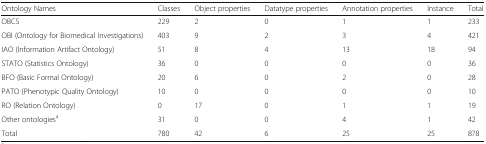
<table><thead><tr><td><b>Ontology Names</b></td><td><b>Classes</b></td><td><b>Object properties</b></td><td><b>Datatype properties</b></td><td><b>Annotation properties</b></td><td><b>Instance</b></td><td><b>Total</b></td></tr></thead><tbody><tr><td>OBCS</td><td>229</td><td>2</td><td>0</td><td>1</td><td>1</td><td>233</td></tr><tr><td>OBI (Ontology for Biomedical Investigations)</td><td>403</td><td>9</td><td>2</td><td>3</td><td>4</td><td>421</td></tr><tr><td>IAO (Information Artifact Ontology)</td><td>51</td><td>8</td><td>4</td><td>13</td><td>18</td><td>94</td></tr><tr><td>STATO (Statistics Ontology)</td><td>36</td><td>0</td><td>0</td><td>0</td><td>0</td><td>36</td></tr><tr><td>BFO (Basic Formal Ontology)</td><td>20</td><td>6</td><td>0</td><td>2</td><td>0</td><td>28</td></tr><tr><td>PATO (Phenotypic Quality Ontology)</td><td>10</td><td>0</td><td>0</td><td>0</td><td>0</td><td>10</td></tr><tr><td>RO (Relation Ontology)</td><td>0</td><td>17</td><td>0</td><td>1</td><td>1</td><td>19</td></tr><tr><td>Other ontologies<sup>a</sup></td><td>31</td><td>0</td><td>0</td><td>4</td><td>1</td><td>42</td></tr><tr><td>Total</td><td>780</td><td>42</td><td>6</td><td>25</td><td>25</td><td>878</td></tr></tbody></table>